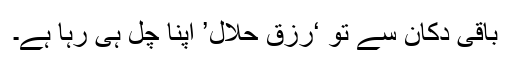
باقی دکان سے تو ‘رزق حلال’ اپنا چل ہی رہا ہے۔